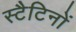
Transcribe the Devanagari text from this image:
स्टैटिनों